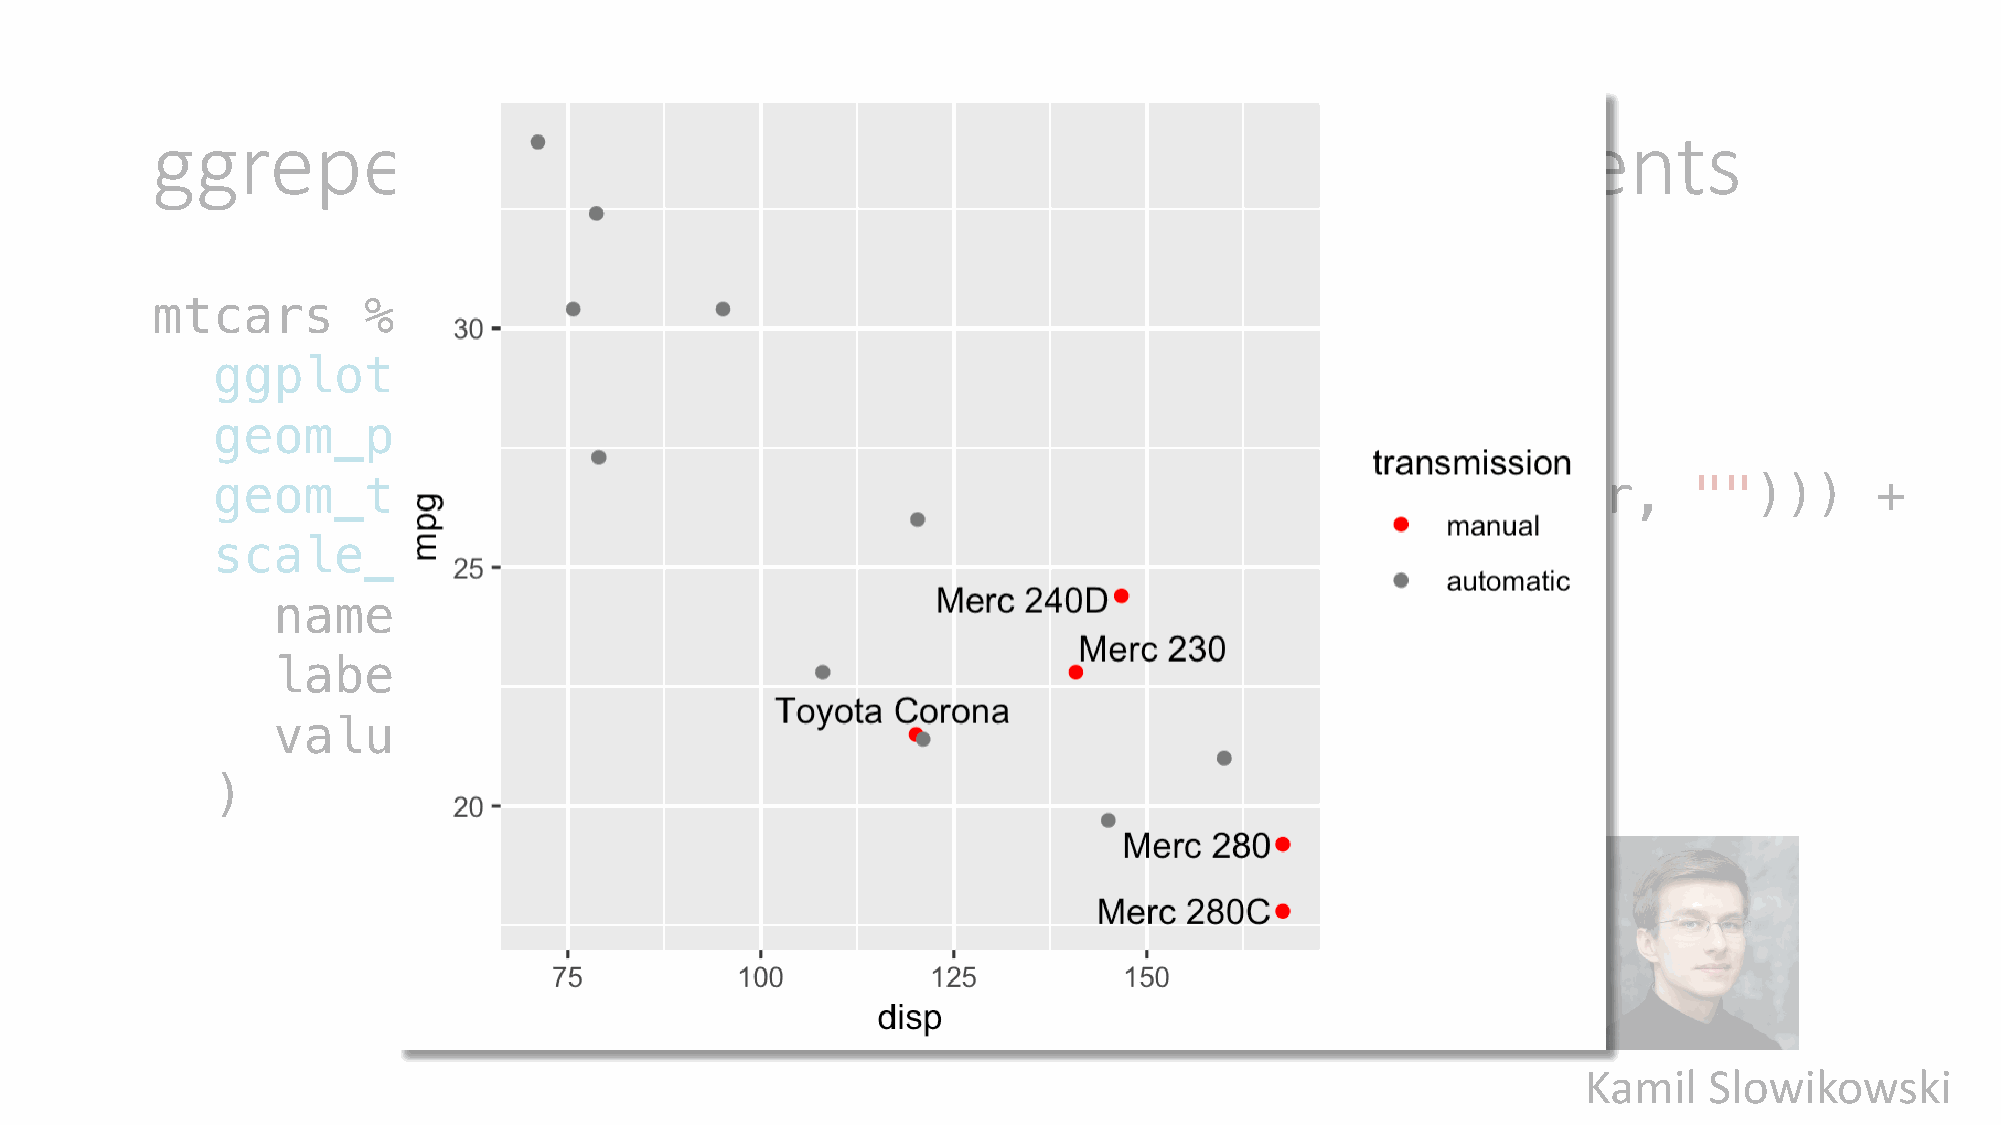
ggrepel:             Smart           annotation                  of     plot       elements
 mtcars        %>%     filter(disp             <   200)      %>%
 ggplot(aes(disp,                  mpg))       +
 geom_point(aes(color                      =   factor(am)))              +
 geom_text_repel(aes(label                           =   ifelse(am           ==    0,    car,      "")))       +
 scale_color_manual(
 name      =   "transmission",
 labels        =   c("manual",             "automatic"),
 values        =   c("red",          "gray50")
 )
 Kamil   Slowikowski